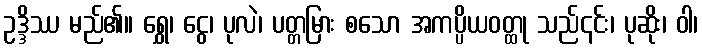
ဥဒ္ဒိဿ မည်၏။ ရွှေ၊ ငွေ၊ ပုလဲ၊ ပတ္တမြား စသော အကပ္ပိယဝတ္ထု သည်၎င်း၊ ပုဆိုး၊ ဝါ၊